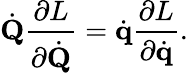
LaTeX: {\dot{\mathbf{Q}}}{\frac{\partial L}{\partial{\dot{\mathbf{Q}}}}}={\dot{\mathbf{q}}}{\frac{\partial L}{\partial{\dot{\mathbf{q}}}}}.